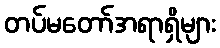
တပ်မတော်အရာရှိများ